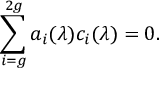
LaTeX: \sum _ { i = g } ^ { 2 g } a _ { i } ( \lambda ) c _ { i } ( \lambda ) = 0 .